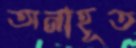
অনাহূত